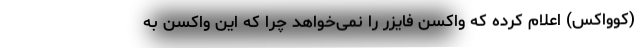
(کوواکس) اعلام کرده که واکسن فایزر را نمی‌خواهد چرا که این واکسن به